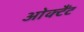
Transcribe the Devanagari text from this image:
ओक्टैंट